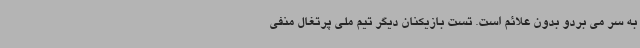
به سر می بردو بدون علائم است. تست بازیکنان دیگر تیم ملی پرتغال منفی